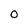
Character: O